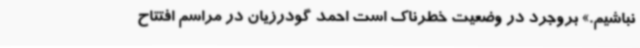
نباشیم.» بروجرد در وضعیت خطرناک است احمد گودرزیان در مراسم افتتاح